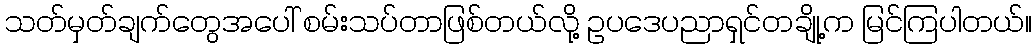
သတ်မှတ်ချက်တွေအပေါ် စမ်းသပ်တာဖြစ်တယ်လို့ ဥပဒေပညာရှင်တချို့က မြင်ကြပါတယ်။